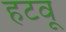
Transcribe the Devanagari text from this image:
हटवू